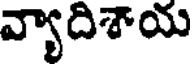
వ్యాదిశాయ